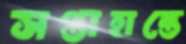
সপ্তাহান্তে